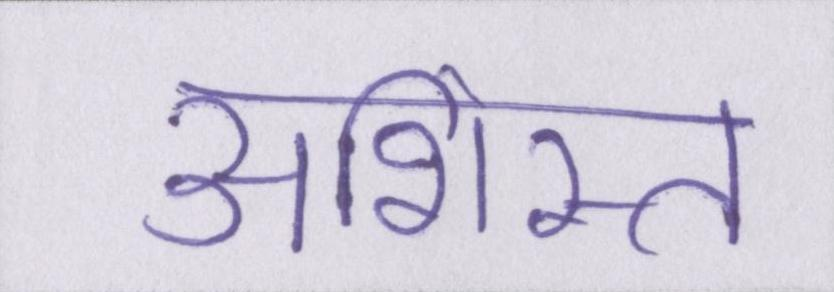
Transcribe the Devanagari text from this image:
अशिस्त